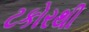
ટકોરથી